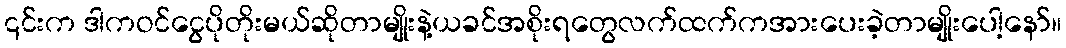
၎င်းက ဒါကဝင်ငွေပိုတိုးမယ်ဆိုတာမျိုးနဲ့ယခင်အစိုးရတွေလက်ထက်ကအားပေးခဲ့တာမျိုးပေါ့နော်။